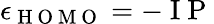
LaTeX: \epsilon_{\mathrm{~H~O~M~O~}}=-\mathrm{~I~P~}